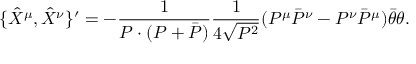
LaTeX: \{ \hat { X } ^ { \mu } , \hat { X } ^ { \nu } \} ^ { \prime } = - \frac { 1 } { P \cdot ( P + \bar { P } ) } \frac { 1 } { 4 \sqrt { P ^ { 2 } } } ( P ^ { \mu } \bar { P } ^ { \nu } - P ^ { \nu } \bar { P } ^ { \mu } ) \bar { \theta } \theta .